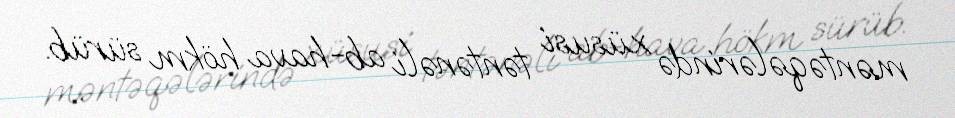
məntəqələrində xüsusi təntənəli ab-hava hökm sürüb.